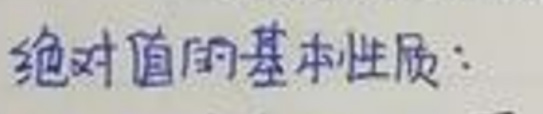
绝对值的基本性质：